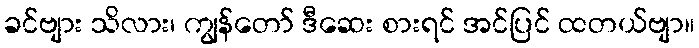
ခင်ဗျား သိလား၊ ကျွန်တော် ဒီဆေး စားရင် အင်ပြင် ထတယ်ဗျာ။